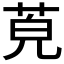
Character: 𦯜